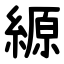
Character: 縓